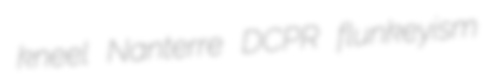
kneel Nanterre DCPR flunkeyism